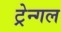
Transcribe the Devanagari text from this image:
ट्रेन्गल